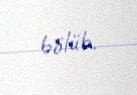
bölüb.